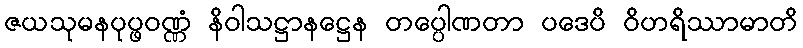
ဇယသုမနပုပ္ဖဝဏ္ဏံ နိဝါသဋ္ဌာနဋ္ဌေန တပ္ပေါဏတာ ပဒေပိ ဝိဟရိဿာမာတိ